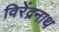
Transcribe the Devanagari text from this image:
विरेंद्रनाथ